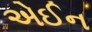
એઈન